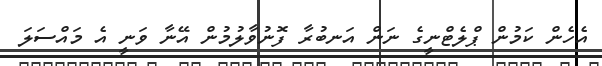
އެހެން ކަމުން ޕްލެޓްނީގެ ނަން އަނބުރާ ފޮނުވާލުމުން އޭނާ ވަނީ އެ މައްސަލަ